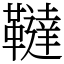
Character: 韃